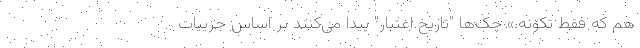
هم که فقط تکونه.» چک‌ها "تاریخ اعتبار" پیدا می‌کنند بر اساس جزییات